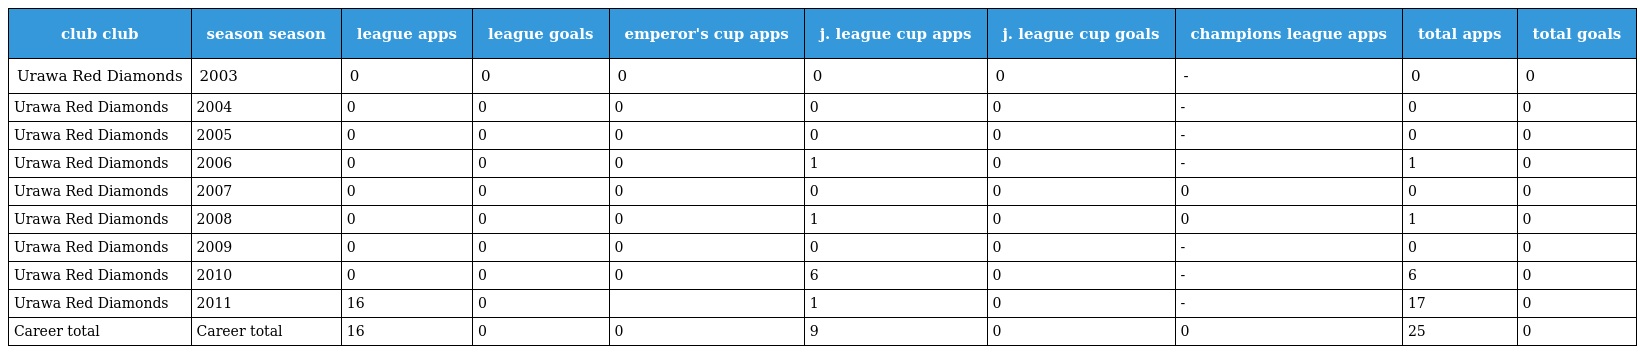
| club club | season season | league apps | league goals | emperor's cup apps | j. league cup apps | j. league cup goals | champions league apps | total apps | total goals |
 | --- | --- | --- | --- | --- | --- | --- | --- | --- | --- |
 | Urawa Red Diamonds | 2003 | 0 | 0 | 0 | 0 | 0 | - | 0 | 0 |
 | Urawa Red Diamonds | 2004 | 0 | 0 | 0 | 0 | 0 | - | 0 | 0 |
 | Urawa Red Diamonds | 2005 | 0 | 0 | 0 | 0 | 0 | - | 0 | 0 |
 | Urawa Red Diamonds | 2006 | 0 | 0 | 0 | 1 | 0 | - | 1 | 0 |
 | Urawa Red Diamonds | 2007 | 0 | 0 | 0 | 0 | 0 | 0 | 0 | 0 |
 | Urawa Red Diamonds | 2008 | 0 | 0 | 0 | 1 | 0 | 0 | 1 | 0 |
 | Urawa Red Diamonds | 2009 | 0 | 0 | 0 | 0 | 0 | - | 0 | 0 |
 | Urawa Red Diamonds | 2010 | 0 | 0 | 0 | 6 | 0 | - | 6 | 0 |
 | Urawa Red Diamonds | 2011 | 16 | 0 |  | 1 | 0 | - | 17 | 0 |
 | Career total | Career total | 16 | 0 | 0 | 9 | 0 | 0 | 25 | 0 |